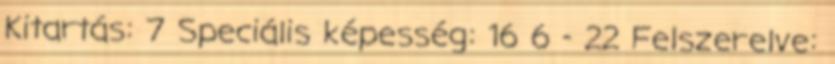
Kitartás: 7 Speciális képesség: 16 6 - 22 Felszerelve: